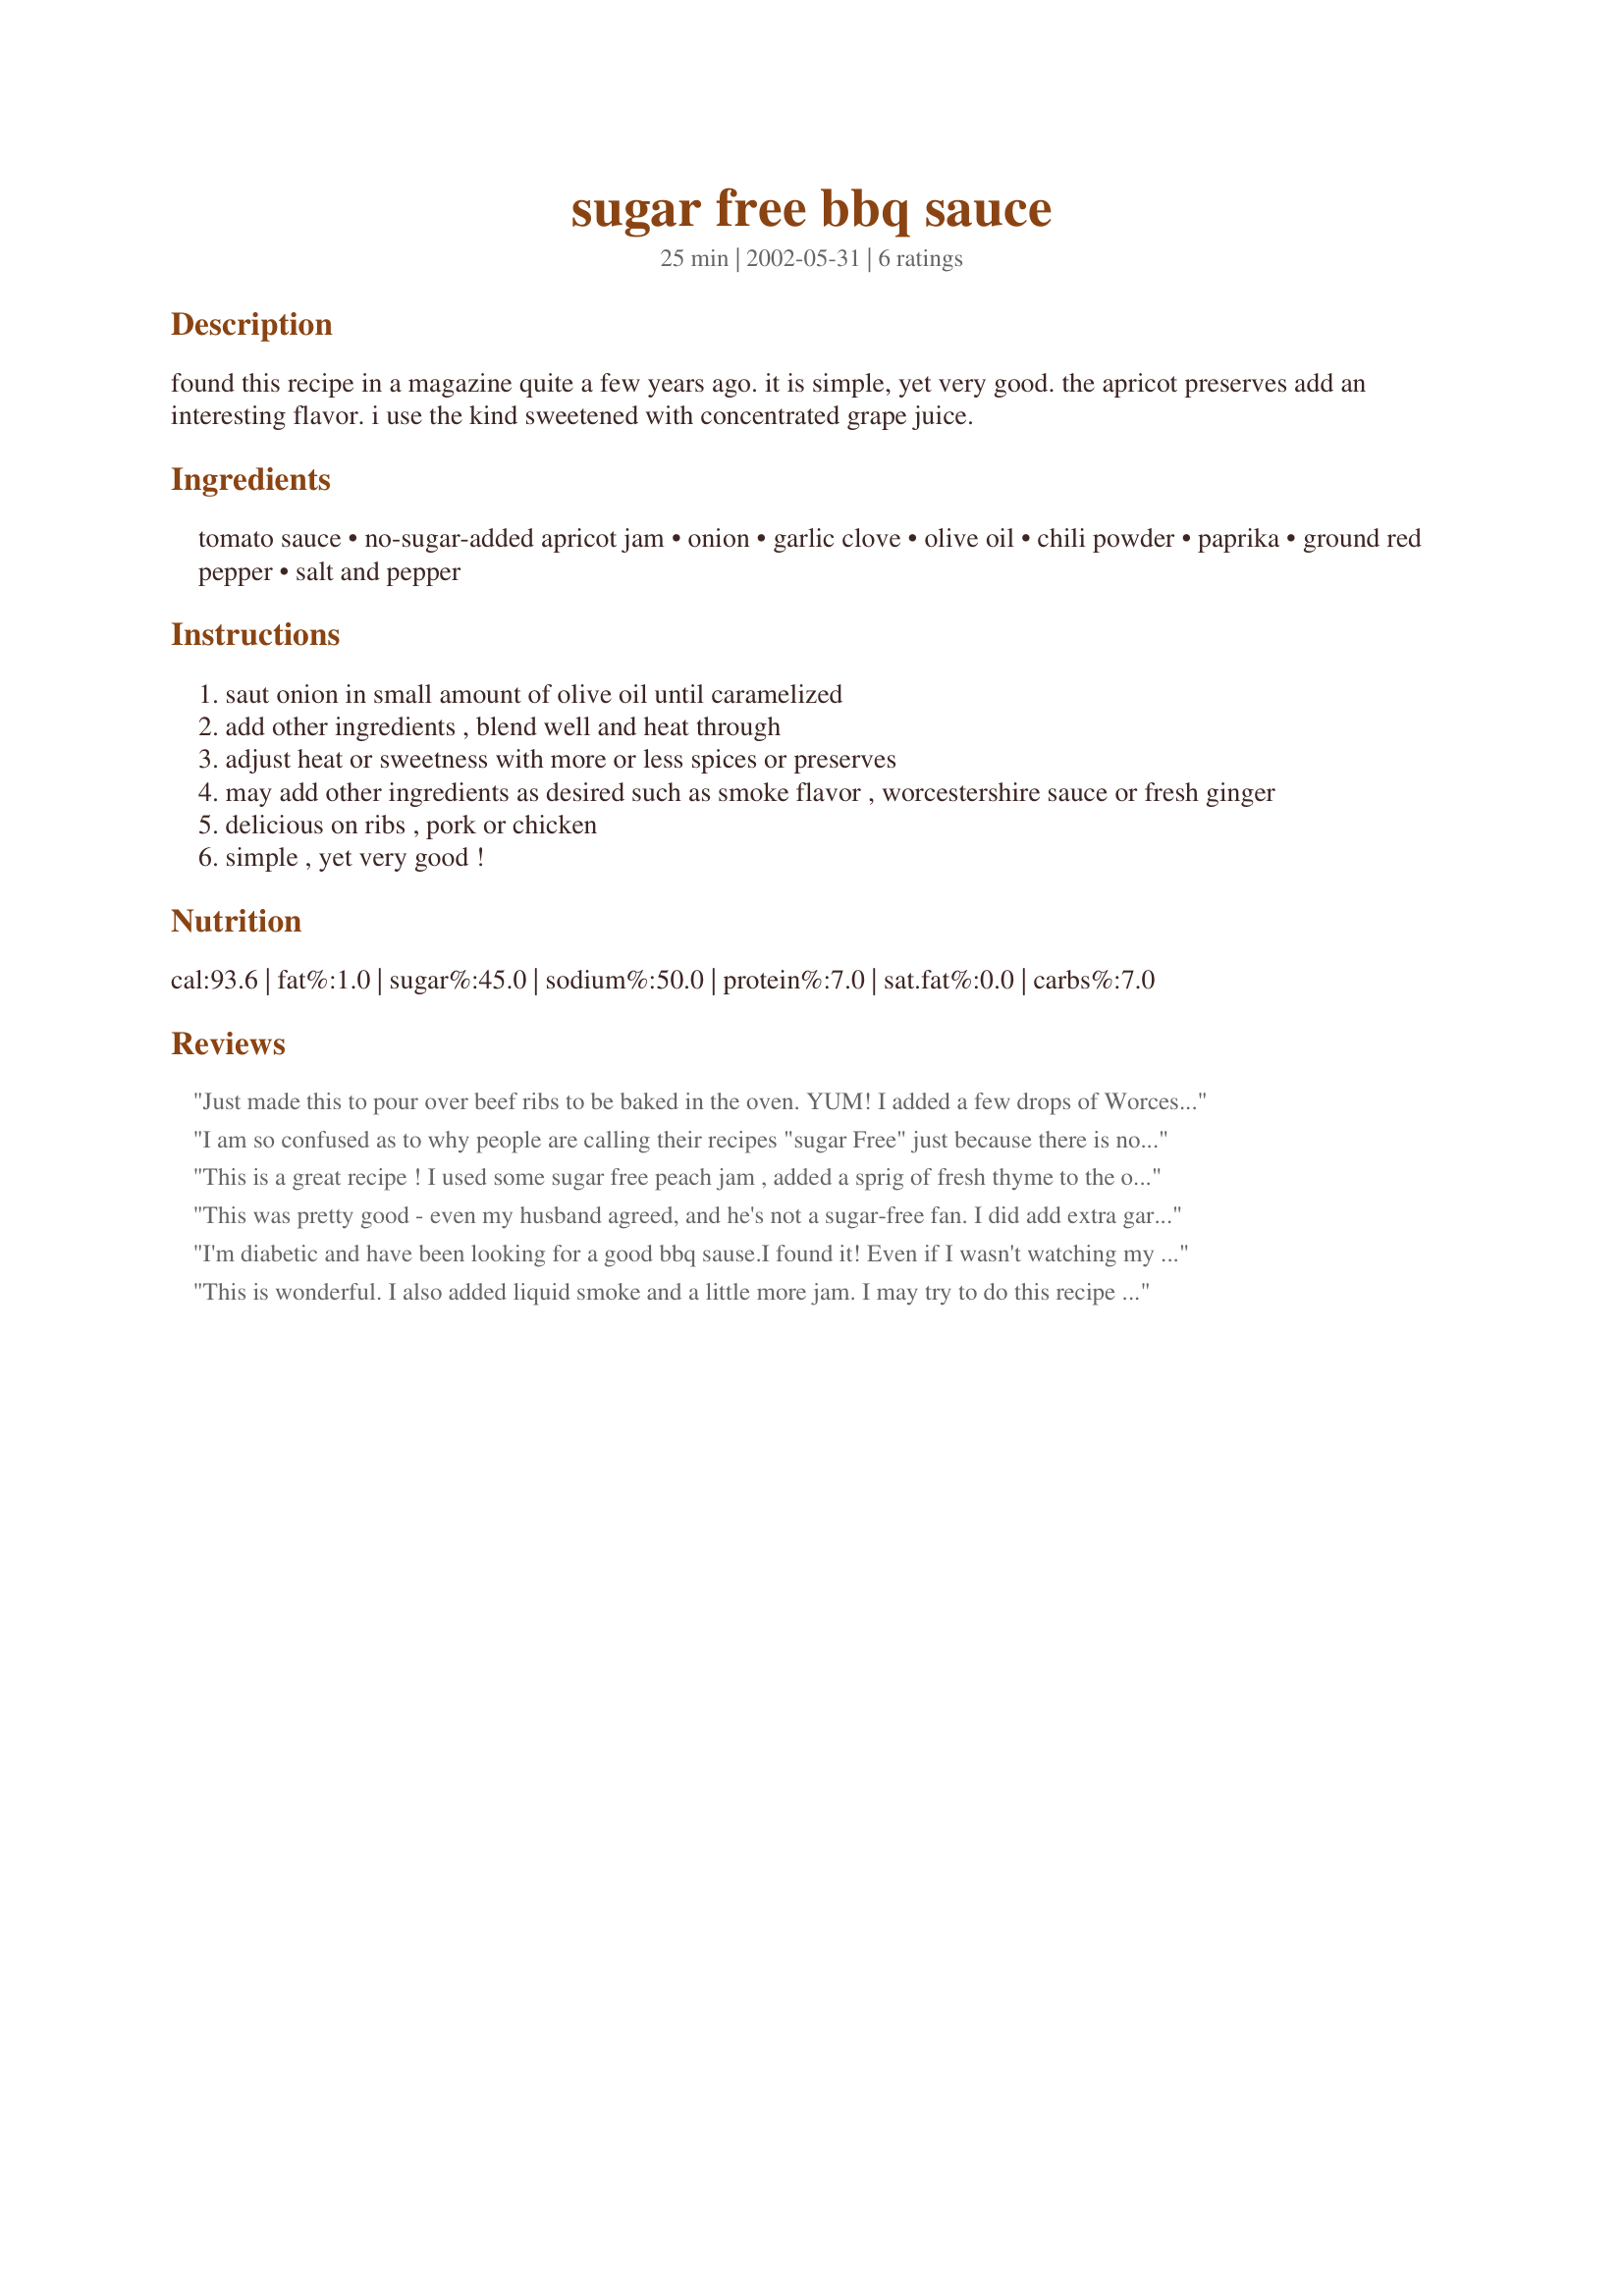
sugar free bbq sauce
Preparation time: 25 minutes

found this recipe in a magazine quite a few years ago. it is simple, yet very good. the apricot preserves add an interesting flavor. i use the kind sweetened with concentrated grape juice.

Ingredients:
tomato sauce, no-sugar-added apricot jam, onion, garlic clove, olive oil, chili powder, paprika, ground red pepper, salt and pepper

Steps:
saut onion in small amount of olive oil until caramelized
add other ingredients , blend well and heat through
adjust heat or sweetness with more or less spices or preserves
may add other ingredients as desired such as smoke flavor , worcestershire sauce or fresh ginger
delicious on ribs , pork or chicken
simple , yet very good !

Reviews:
Just made this to pour over beef ribs to be baked in the oven. YUM! I added a few drops of Worcestershire and 1/4 tsp of liquid smoke. I am very sugar sensitive but dh loves BBQ - this is a great alternative. TRY IT!
I am so confused as to why people are calling their recipes "sugar Free" just because there is no plain sugar added to the recipe. If you will note in the nutritional values, the "no sugar added apricot jam" is not included. Since this recipe is listed as one serving, if you add in the "no sugar added apricot jam", the sugar grams jump from 11 to 91. And if you add the calories from the apricot jam, they jump from 93 to 253! My husband and I are doing the Belly Fat Cure and we can only have 15 grams of sugar per day. This recipe does not make a whole lot of sauce, so this "Sugar Free" recipe will actually contain too much sugar for us to use. Even if we only used 1/4 cup of this per serving, we would still be getting about 12 grams of sugar each, which pretty much maxes us out for the day. I'm sure it tastes great with all that sugar, but I'm only giving it one star because it is definitely not Sugar Free. Oh - and sweetening with concentrated grape juice? There are 39 grams of Sugar in 1/4 of concentrated grape juice. Grapes are one of the highest sugar concentrated fruits, so avoid them if you are trying to lose weight.
This is a great recipe ! I used some sugar free peach jam , added a sprig of fresh thyme to the onions as they browned and also added some worchestershire sauce and lemon juice . I also dumped in a splash of beer too . I let it simmer until it was nice and thick , YUM !!! This is a great recipe to play with and it turned out great with my pork roast cooked on the grill !!!
This was pretty good - even my husband agreed, and he's not a sugar-free fan. I did add extra garlic, more jam (I used a 9.5oz jar) and a little cider vinegar for a little tang. I tasted again, added some more spices, and then a little Splenda - it's a great recipe, you just have to fine tune it the way you like it. Will definitely make it again.
I'm diabetic and have been looking for a good bbq sause.I found it! Even if I wasn't watching my sugar intake I would use this.With the liquid hickory smoke flavor added at the end, it's damn near perfect,and that's what I think you should rename it! Thankyou!

This is wonderful. I also added liquid smoke and a little more jam. I may try to do this recipe with fresh apples sauted with the onions. Thanks
